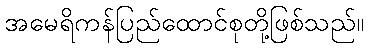
အမေရိကန်ပြည်ထောင်စုတို့ဖြစ်သည်။